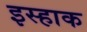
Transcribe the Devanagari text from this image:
इस्हाक